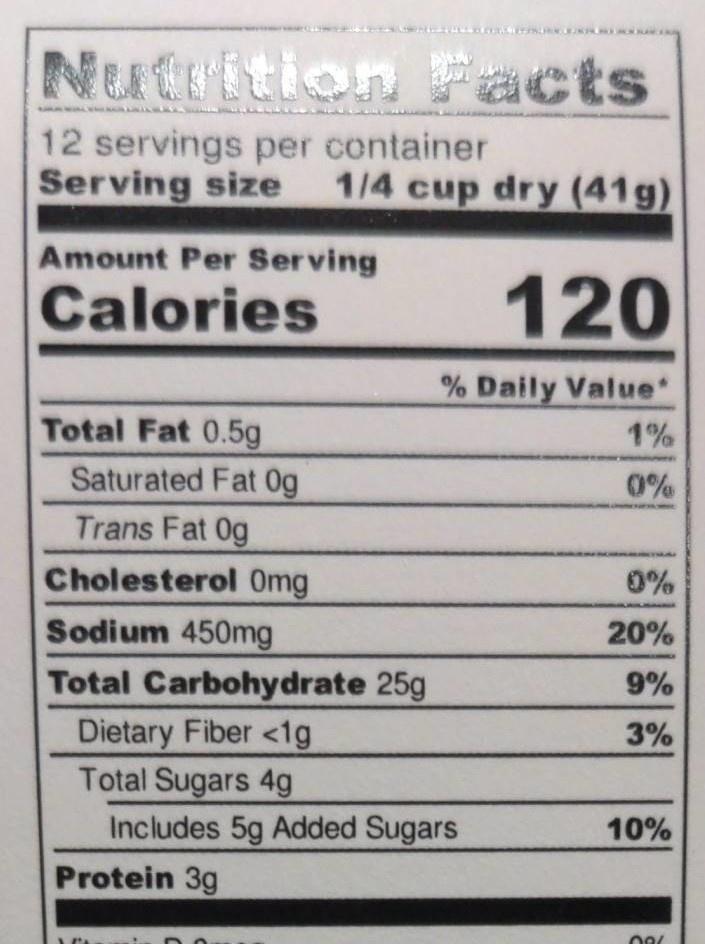
Nutrition Facts
12 servings per container Serving size 1/4 cup dry (41g)
Amount Per Serving
Calories
Total Fat 0.5g
Saturated Fat Og
Trans Fat Og
Cholesterol 0mg
Sodium 450mg
Total Carbohydrate 25g
120
% Daily Value*
1%
0%
Dietary Fiber <1g
Total Sugars 4g
Includes 5g Added Sugars
Protein 3g
0%
20%
9%
3%
10%
08/